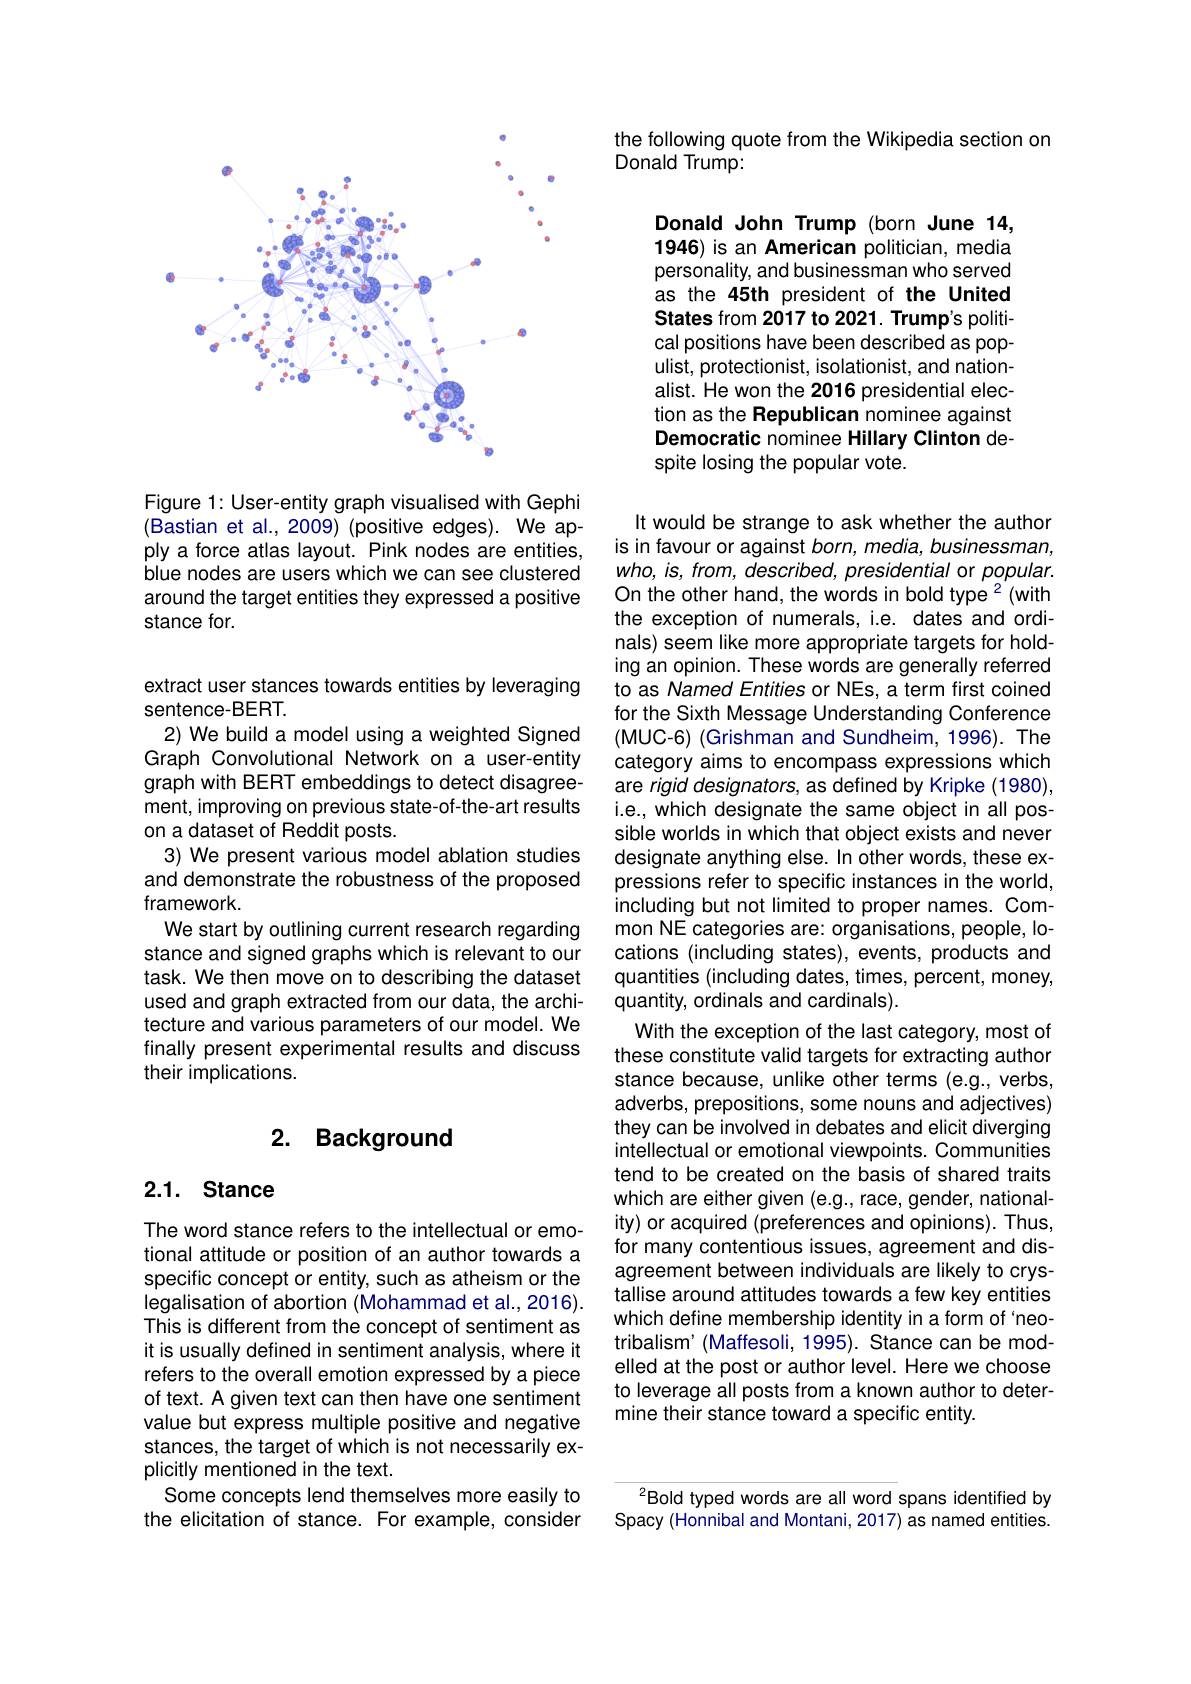
<FigureHere>

Figure 1: User-entity graph visualised with Gephi (Bastian et al., 2009) (positive edges). We apply a force atlas layout. Pink nodes are entities, blue nodes are users which we can see clustered around the target entities they expressed a positive stance for.

extract user stances towards entities by leveraging
sentence-BERT.
2) We build a model using a weighted Signed Graph Convolutional Network on a user-entity graph with BERT embeddings to detect disagreement, improving on previous state-of-the-art results on a dataset of Reddit posts.
3) We present various model ablation studies and demonstrate the robustness of the proposed framework.
We start by outlining current research regarding stance and signed graphs which is relevant to our task. We then move on to describing the dataset used and graph extracted from our data, the architecture and various parameters of our model. We finally present experimental results and discuss their implications.

## 2. Background

## $2. 1. \textbf{ Stance}$

The word stance refers to the intellectual or emotional attitude or position of an author towards a specific concept or entity, such as atheism or the legalisation of abortion (Mohammad et al., 2016). This is different from the concept of sentiment as it is usually defined in sentiment analysis, where it refers to the overall emotion expressed by a piece of text. A given text can then have one sentiment value but express multiple positive and negative stances, the target of which is not necessarily explicitly mentioned in the text.
Some concepts lend themselves more easily to the elicitation of stance. For example, consider

the following quote from the Wikipedia section on
Donald Trump:

Donald John Trump (born June 14, 1946) is an American politician, media personality, and businessman who served as the 45th president of the United States from 2017 to 2021. Trump's political positions have been described as populist, protectionist, isolationist, and nationalist. He won the 2016 presidential election as the Republican nominee against Democratic nominee Hillary Clinton despite losing the popular vote.

It would be strange to ask whether the author is in favour or against born, media, businessman, who, is, from, described, presidential or popular. On the other hand, the words in bold type 2 (with the exception of numerals, i.e. dates and ordinals) seem like more appropriate targets for holding an opinion. These words are generally referred to as Named Entities or NEs, a term first coined for the Sixth Message Understanding Conference (MUC-6) (Grishman and Sundheim, 1996). The category aims to encompass expressions which are rigid designators, as defined by Kripke (1980), i.e., which designate the same object in all possible worlds in which that object exists and never designate anything else. In other words, these expressions refer to specific instances in the world, including but not limited to proper names. Common NE categories are: organisations, people, locations (including states), events, products and quantities (including dates, times, percent, money, quantity, ordinals and cardinals).
With the exception of the last category, most of these constitute valid targets for extracting author stance because, unlike other terms (e.g., verbs, adverbs, prepositions, some nouns and adjectives) they can be involved in debates and elicit diverging intellectual or emotional viewpoints. Communities tend to be created on the basis of shared traits which are either given (e.g., race, gender, nationality) or acquired (preferences and opinions). Thus, for many contentious issues, agreement and disagreement between individuals are likely to crystallise around attitudes towards a few key entities which define membership identity in a form of `neotribalism' (Maffesoli, 1995). Stance can be modelled at the post or author level. Here we choose to leverage all posts from a known author to determine their stance toward a specific entity.

Bold typed words are all word spans identified by Spacy (Honnibal and Montani, 2017) as named entities.